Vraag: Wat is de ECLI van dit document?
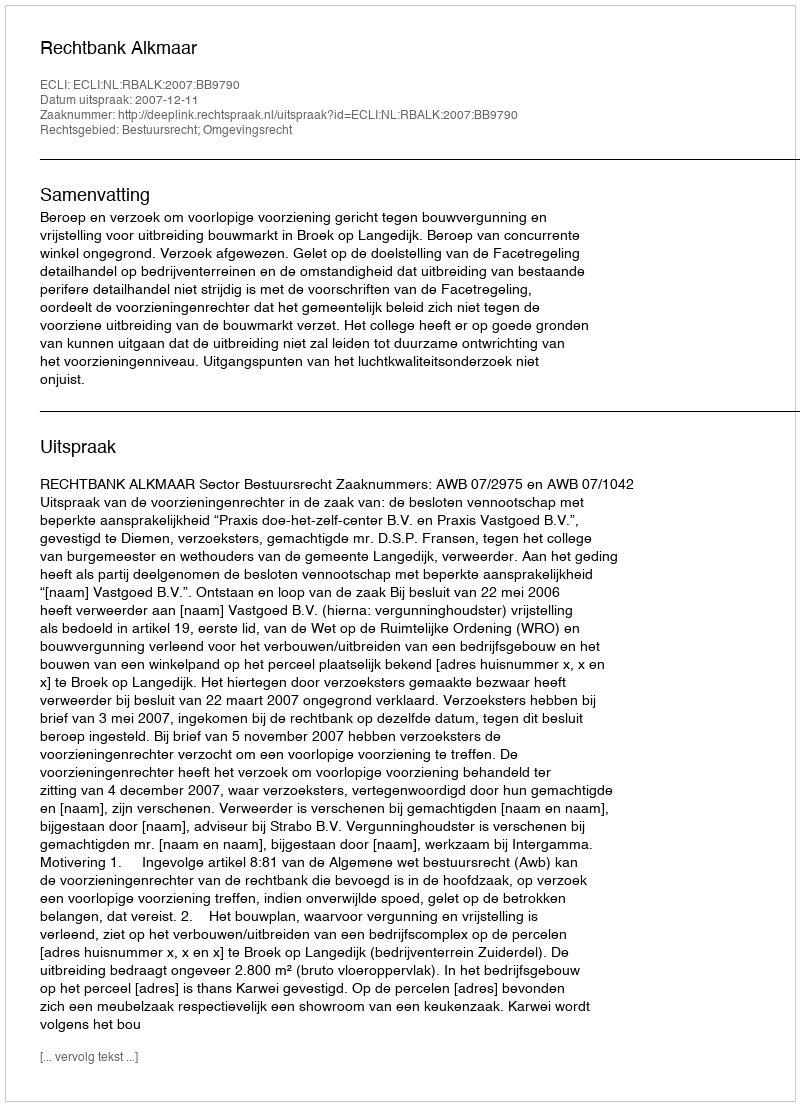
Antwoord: ECLI:NL:RBALK:2007:BB9790